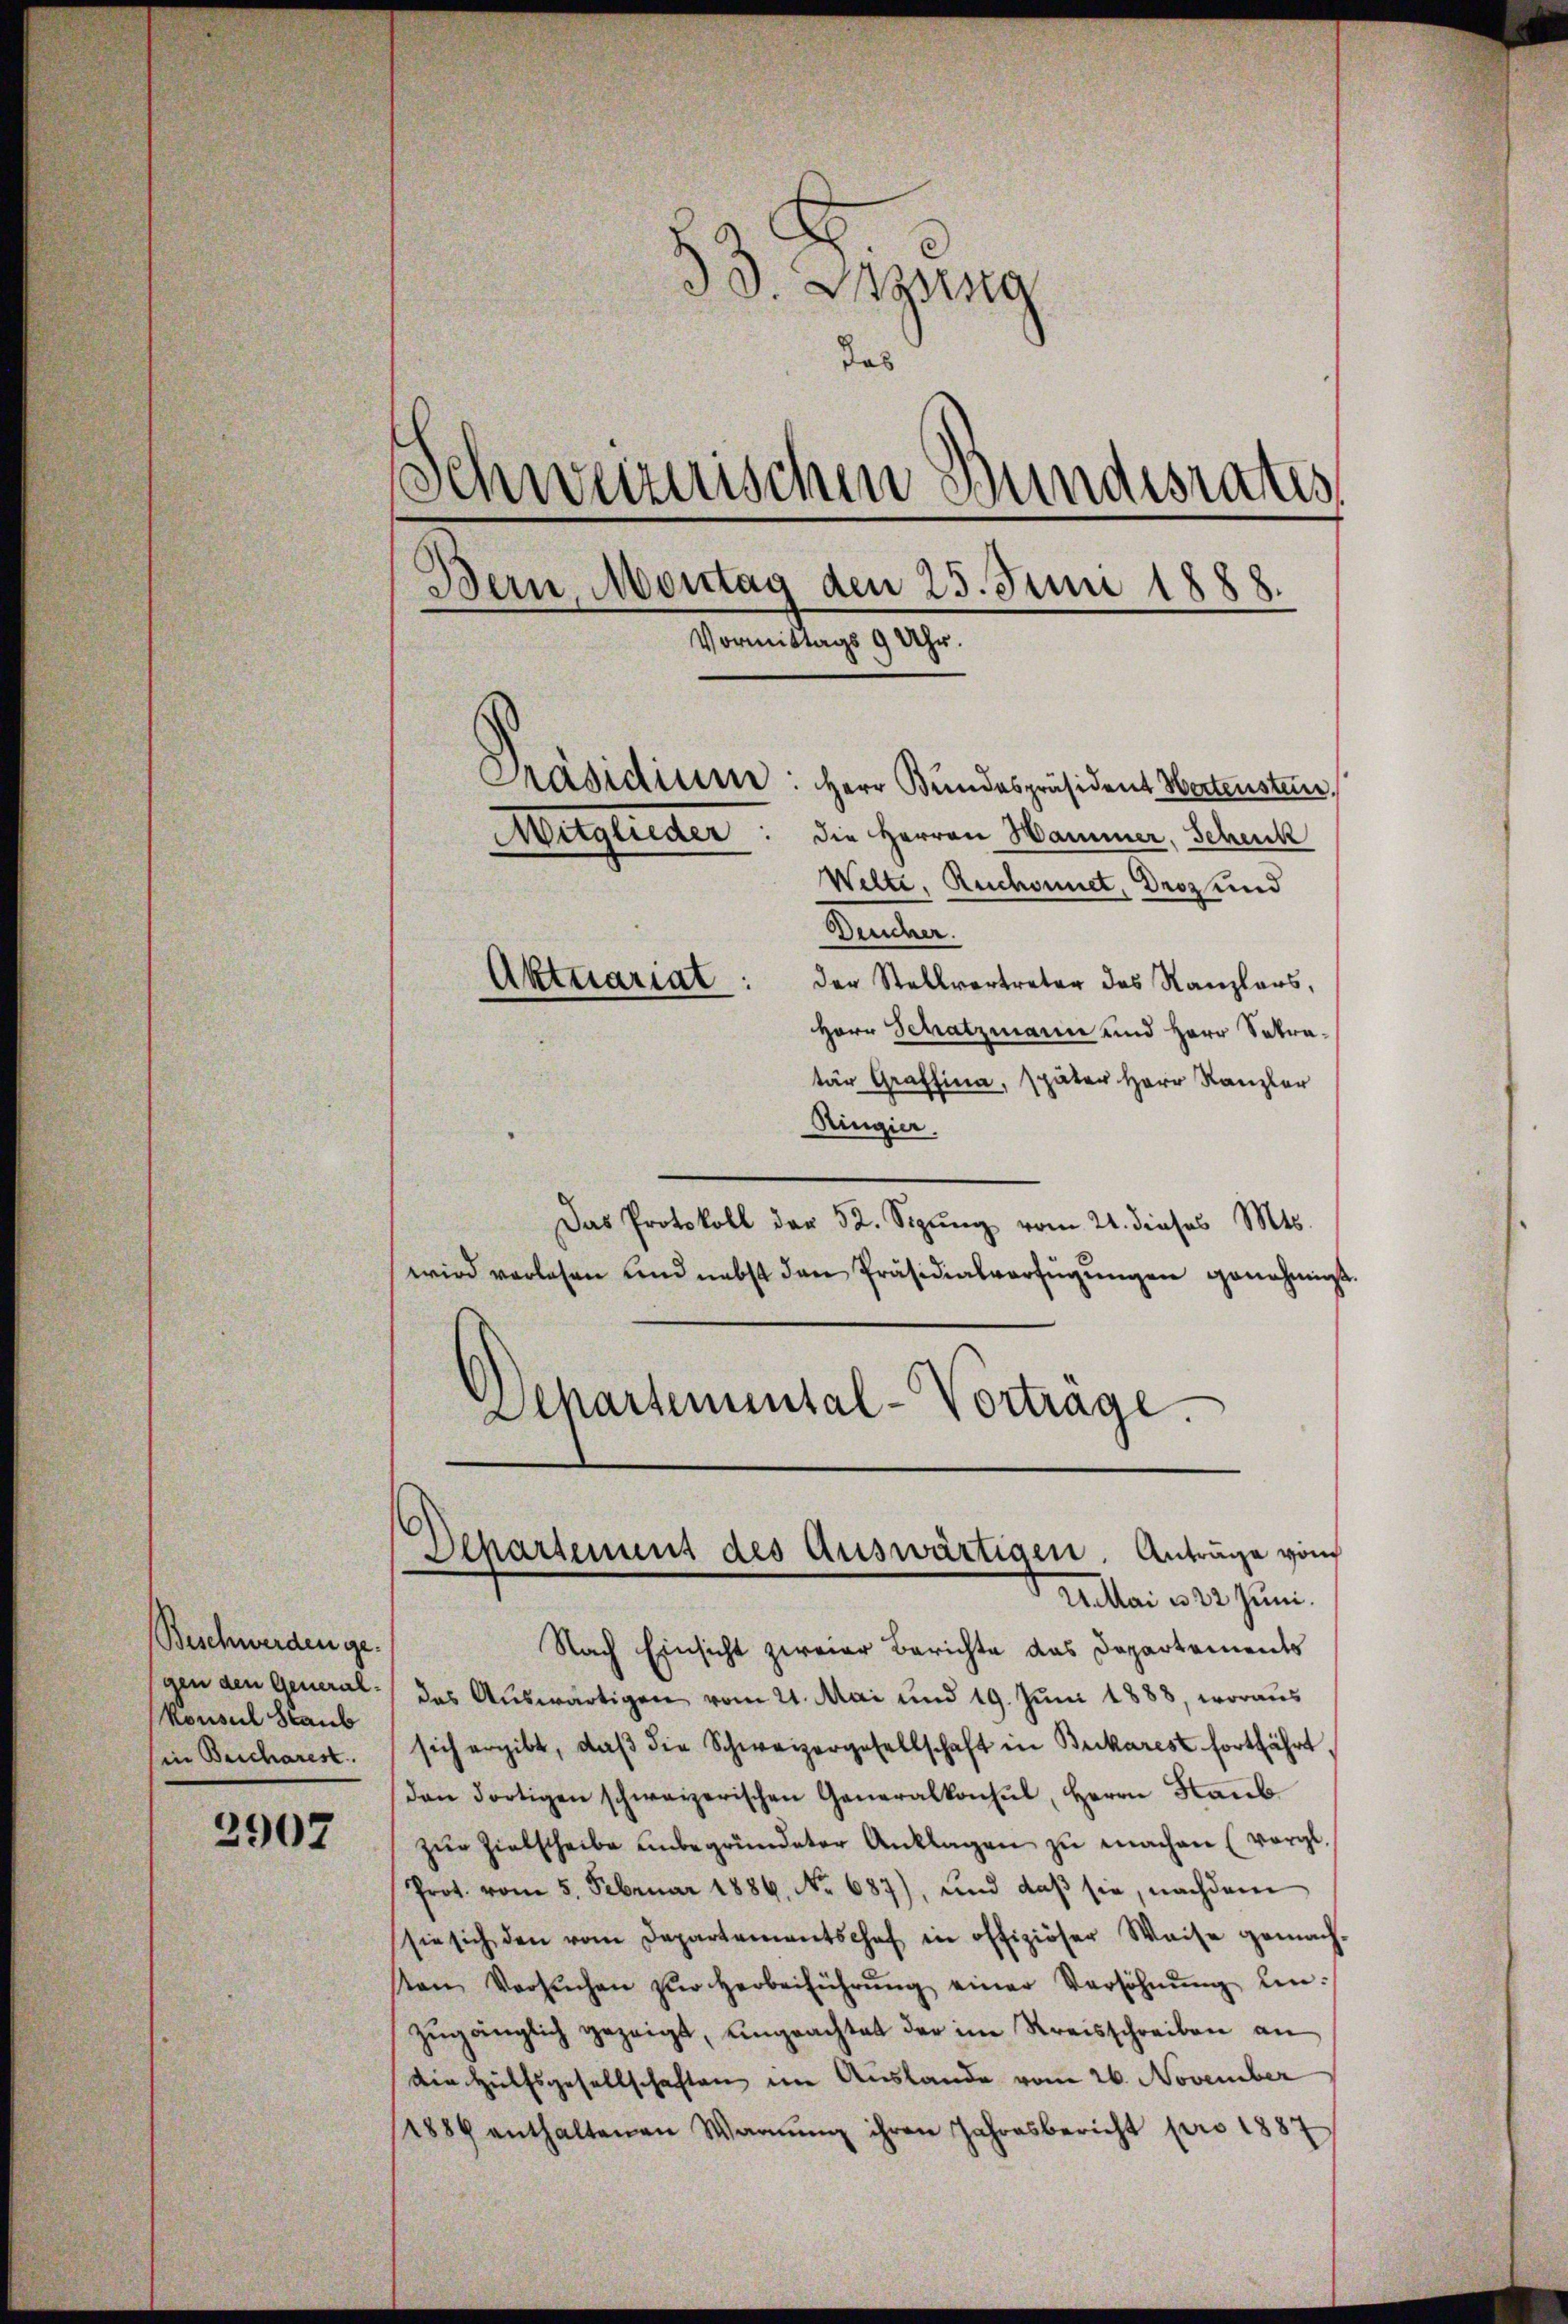
Beschwerden gegen den General-
konsul Staub
in Beicharest.

2902

33. Dezung
das
Schweizerischen Bundesrates
Bern Montag den 25. Juni 1888.
e
Vormittags 9 Uhr.
Präsidiume: Herr Bundespräsident Wortensteur.
Mitglieder: die Herren Hammer, Schenk
Welte, Ruchonnet, Dros und
Deucher.
Aktuariat:
der Stellvertreter des Kanzlers,
Herr Schatzmann und Herr Sakra¬

tär Grafsina, später Herr Kanzler
Ringier,
Das Protokoll der 52. Sizŭng vom 21. dieses Mts.
wird verlesen und nebst den Präsidialverfügŭngen genehmigt.
Departemental-Vortrage.

Departement des Auswärtigen. Anträge vom
A.Mai u 22. Juni.

Nach Einsicht zweier Berichte das Departements
das Aŭswärtigen vom 21. Mai und 19. Jŭni 1888, woraus
sich ergibt, daβ die Schweizergesellschaft in Brikarest fortfährt,
den dortigen schweizerischen Generalkonsul, Herrn Staŭb
zŭr Zielscheibe unbegründeter Anklagen zu machen (vergl.
Prot. vom 5. Februar 1886. No. 687), und daβ sie, nachdem
sie sich den vom Departementschef in offiziöser Weise gemach-
sten Versŭchen zŭr Herbeiführŭng einer Versöhnŭng ein-
zugänglich gezeigt, ungeachtet der im Kreisschreiben an
die Hülfsgesellschaften im Auslande vom 26. November
1889 enthaltenen Warnung ihren Jahresbericht pro 1887